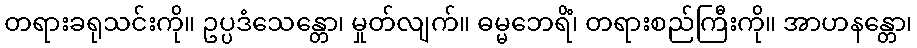
တရားခရုသင်းကို။ ဥပ္ပဒံသေန္တော၊ မှုတ်လျက်။ ဓမ္မဘေရိံ၊ တရားစည်ကြီးကို။ အာဟနန္တော၊